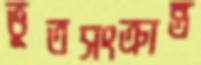
ভূতসংক্রান্ত